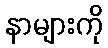
နာများကို